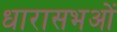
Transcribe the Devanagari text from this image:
धारासभओं